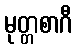
မုတ္တစာဂီ